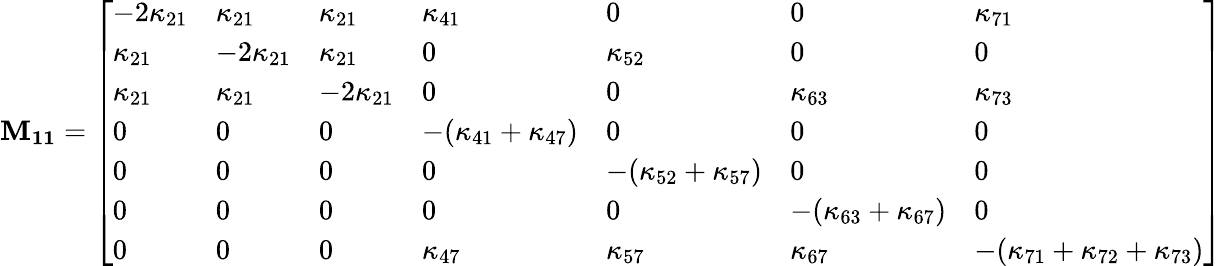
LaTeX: \mathbf{M_{11}}=\left[\begin{array}{lllllll}{-2\kappa_{21}}&{\kappa_{21}}&{\kappa_{21}}&{\kappa_{41}}&{0}&{0}&{\kappa_{71}}\\ {\kappa_{21}}&{-2\kappa_{21}}&{\kappa_{21}}&{0}&{\kappa_{52}}&{0}&{0}\\ {\kappa_{21}}&{\kappa_{21}}&{-2\kappa_{21}}&{0}&{0}&{\kappa_{63}}&{\kappa_{73}}\\ {0}&{0}&{0}&{-(\kappa_{41}+\kappa_{47})}&{0}&{0}&{0}\\ {0}&{0}&{0}&{0}&{-(\kappa_{52}+\kappa_{57})}&{0}&{0}\\ {0}&{0}&{0}&{0}&{0}&{-(\kappa_{63}+\kappa_{67})}&{0}\\ {0}&{0}&{0}&{\kappa_{47}}&{\kappa_{57}}&{\kappa_{67}}&{-(\kappa_{71}+\kappa_{72}+\kappa_{73})}\end{array}\right]